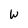
Character: W